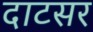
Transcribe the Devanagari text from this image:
दाटसर